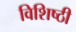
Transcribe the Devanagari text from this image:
विशिष्ठी